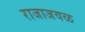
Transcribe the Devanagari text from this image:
राजाजवळ